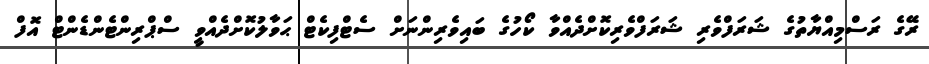
ރޭގެ ރަސްމިއްޔާތުގެ ޝަރަފްވެރި ޝަރަފްވެރިކޮށްދެއްވާ ކޯހުގެ ބައިވެރިންނަށް ސެޓްފިކެޓް ޙަވާލުކޮށްދެއްވީ ސްޕްރިންޓެންޑެންޓް އޮފް